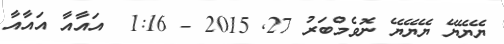
ޔޭޔޭޔޭ ޔޭޔޭޔޭ ނޮވެމްބަރު 27